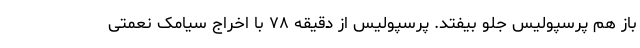
باز هم پرسپولیس جلو بیفتد. پرسپولیس از دقیقه ۷۸ با اخراج سیامک نعمتی